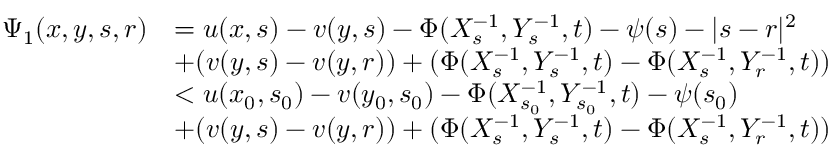
\begin{array} { r l } { \Psi _ { 1 } ( x , y , s , r ) } & { = u ( x , s ) - v ( y , s ) - \Phi ( X _ { s } ^ { - 1 } , Y _ { s } ^ { - 1 } , t ) - \psi ( s ) - | s - r | ^ { 2 } } \\ & { + ( v ( y , s ) - v ( y , r ) ) + ( \Phi ( X _ { s } ^ { - 1 } , Y _ { s } ^ { - 1 } , t ) - \Phi ( X _ { s } ^ { - 1 } , Y _ { r } ^ { - 1 } , t ) ) } \\ & { < u ( x _ { 0 } , s _ { 0 } ) - v ( y _ { 0 } , s _ { 0 } ) - \Phi ( X _ { s _ { 0 } } ^ { - 1 } , Y _ { s _ { 0 } } ^ { - 1 } , t ) - \psi ( s _ { 0 } ) } \\ & { + ( v ( y , s ) - v ( y , r ) ) + ( \Phi ( X _ { s } ^ { - 1 } , Y _ { s } ^ { - 1 } , t ) - \Phi ( X _ { s } ^ { - 1 } , Y _ { r } ^ { - 1 } , t ) ) } \end{array}